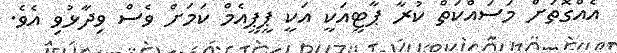
އެއްގޮތަށް މަސައްކަތް ކުރާ ޕާޓީއަކީ އަކީ ޕީޕީއެމް ކަމަށް ވެސް ވިދާޅުވި އެވެ.